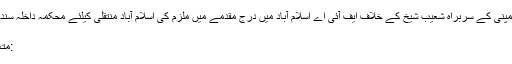
ذرائع کے مطابق وزارت داخلہ نے ایگزیکٹ کمپنی کے سربراہ شعیب شیخ کے خلاف ایف آئی اے اسلام آباد میں درج مقدمے میں ملزم کی اسلام آباد منتقلی کیلئے محکمہ داخلہ سندھمکمل خبر پڑھنے کیلئے یہاں پر کلک کیجئے
15/06/2015 - 21:08:41 :وقت اشاعت
:متعلقہ عنوان کراچیاسلام آبادوزارت داخلہایگزیکٹ